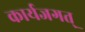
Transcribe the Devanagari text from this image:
कार्यजगत्